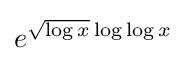
e^{{\sqrt {\log x}}\log \log x}